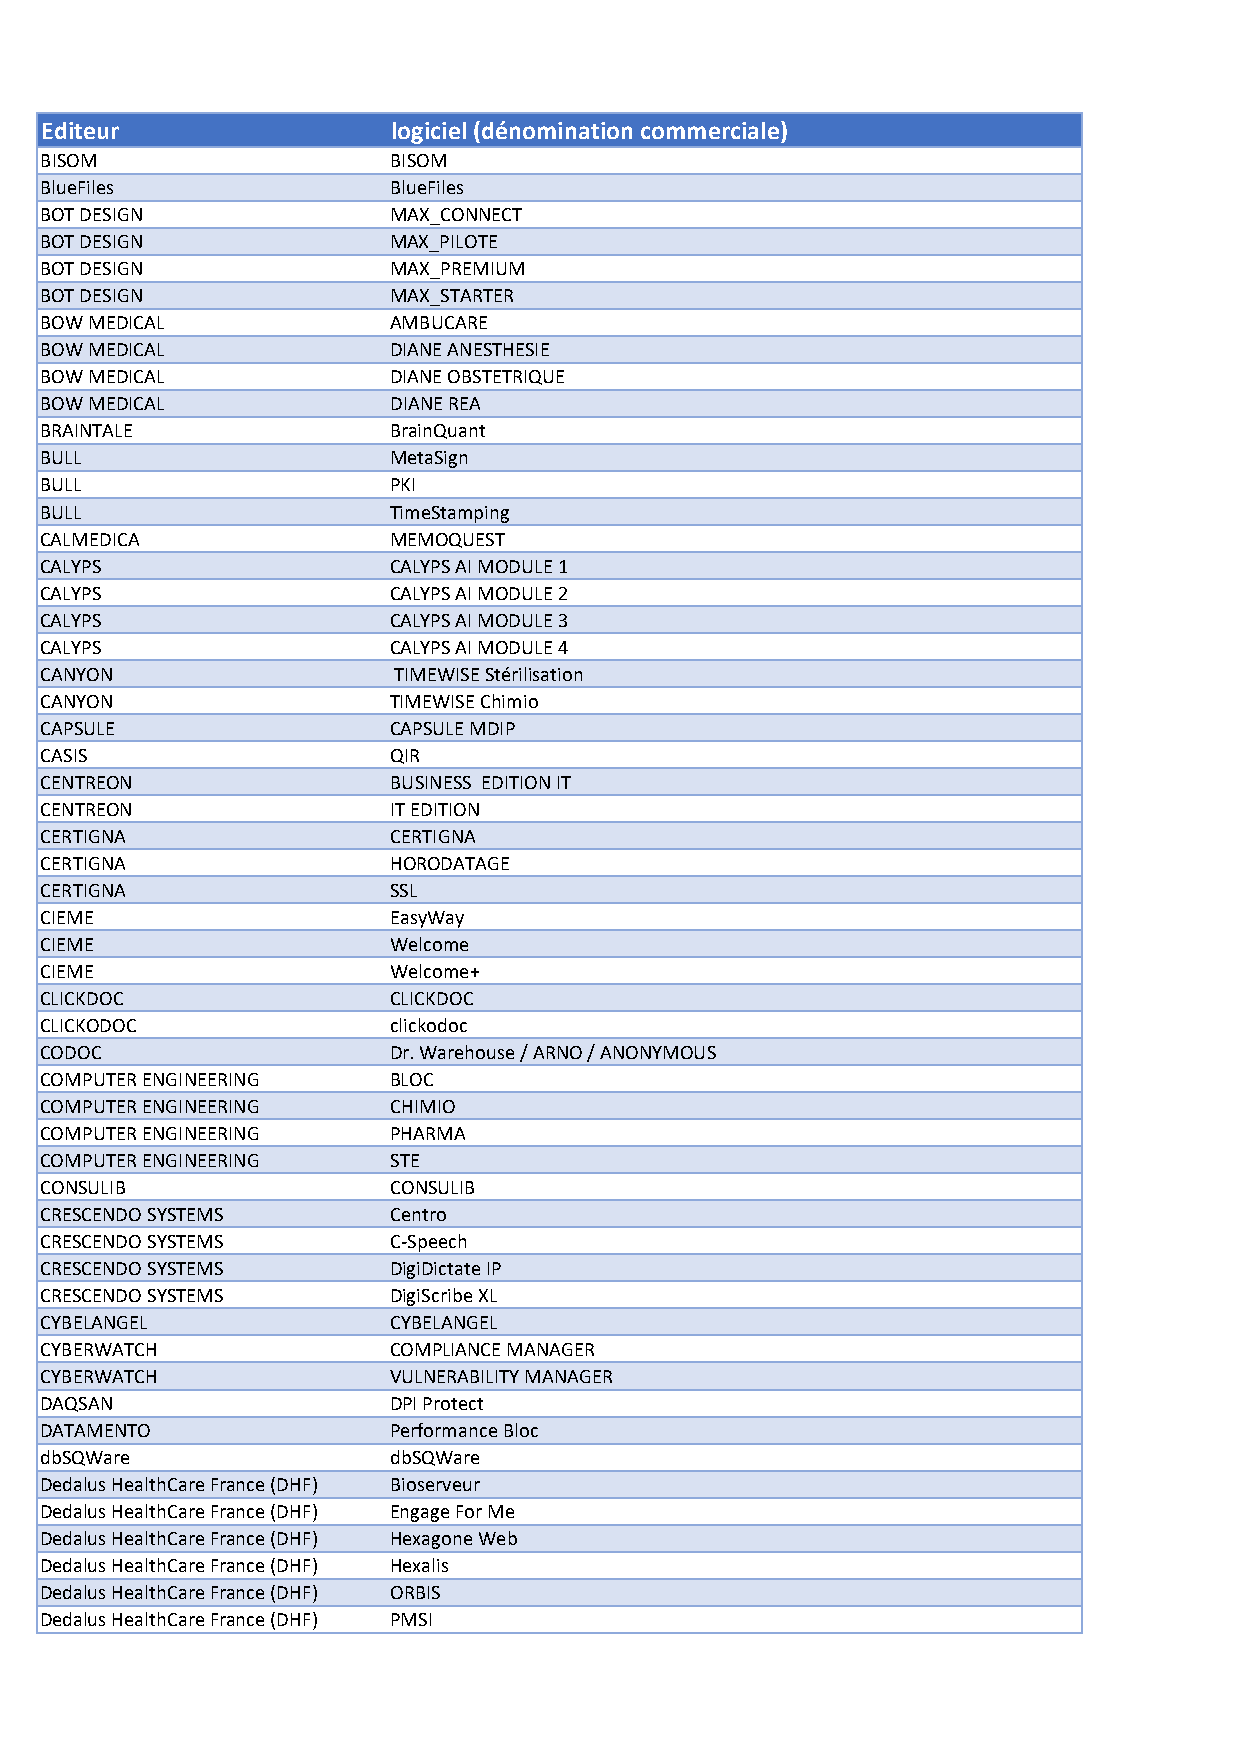
Editeur                logiciel (dénomination commerciale)
 BISOM                  BISOM
 BlueFiles              BlueFiles
 BOT DESIGN             MAX_CONNECT
 BOT DESIGN             MAX_PILOTE
 BOT DESIGN             MAX_PREMIUM
 BOT DESIGN             MAX_STARTER
 BOW MEDICAL            AMBUCARE
 BOW MEDICAL            DIANE ANESTHESIE
 BOW MEDICAL            DIANE OBSTETRIQUE
 BOW MEDICAL            DIANE REA
 BRAINTALE              BrainQuant
 BULL                   MetaSign
 BULL                   PKI
 BULL                   TimeStamping
 CALMEDICA              MEMOQUEST
 CALYPS                 CALYPS AI MODULE 1
 CALYPS                 CALYPS AI MODULE 2
 CALYPS                 CALYPS AI MODULE 3
 CALYPS                 CALYPS AI MODULE 4
 CANYON                 TIMEWISE Stérilisation
 CANYON                 TIMEWISE Chimio
 CAPSULE                CAPSULE MDIP
 CASIS                  QIR
 CENTREON               BUSINESS EDITION IT
 CENTREON               IT EDITION
 CERTIGNA               CERTIGNA
 CERTIGNA               HORODATAGE
 CERTIGNA               SSL
 CIEME                  EasyWay
 CIEME                  Welcome
 CIEME                  Welcome+
 CLICKDOC               CLICKDOC
 CLICKODOC              clickodoc
 CODOC                  Dr. Warehouse / ARNO / ANONYMOUS
 COMPUTER ENGINEERING   BLOC
 COMPUTER ENGINEERING   CHIMIO
 COMPUTER ENGINEERING   PHARMA
 COMPUTER ENGINEERING   STE
 CONSULIB               CONSULIB
 CRESCENDO SYSTEMS      Centro
 CRESCENDO SYSTEMS      C-Speech
 CRESCENDO SYSTEMS      DigiDictate IP
 CRESCENDO SYSTEMS      DigiScribe XL
 CYBELANGEL             CYBELANGEL
 CYBERWATCH             COMPLIANCE MANAGER
 CYBERWATCH             VULNERABILITY MANAGER
 DAQSAN                 DPI Protect
 DATAMENTO              Performance Bloc
 dbSQWare               dbSQWare
 Dedalus HealthCare France (DHF) Bioserveur
 Dedalus HealthCare France (DHF) Engage For Me
 Dedalus HealthCare France (DHF) Hexagone Web
 Dedalus HealthCare France (DHF) Hexalis
 Dedalus HealthCare France (DHF) ORBIS
 Dedalus HealthCare France (DHF) PMSI